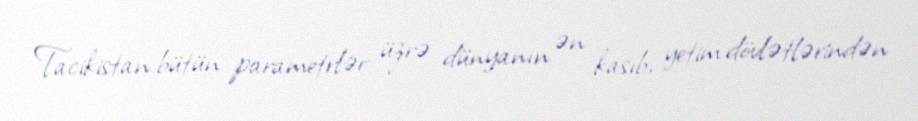
Tacikistan bütün parametrlər üzrə dünyanın ən kasıb, yetim dövlətlərindən